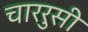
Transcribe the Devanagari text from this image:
चाररुसी